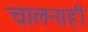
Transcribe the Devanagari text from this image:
चालनाही